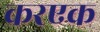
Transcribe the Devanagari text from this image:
करएक